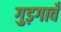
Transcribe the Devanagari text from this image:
गुड़गावँ